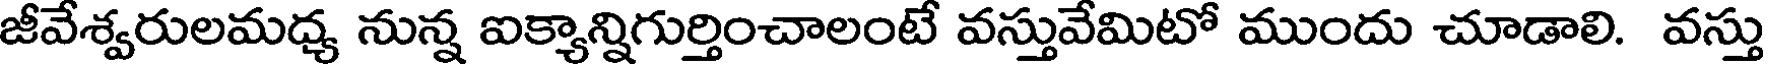
జీవేశ్వరులమధ్య నున్న ఐక్యాన్నిగుర్తించాలంటే వస్తువేమిటో ముందు చూడాలి. వస్తు